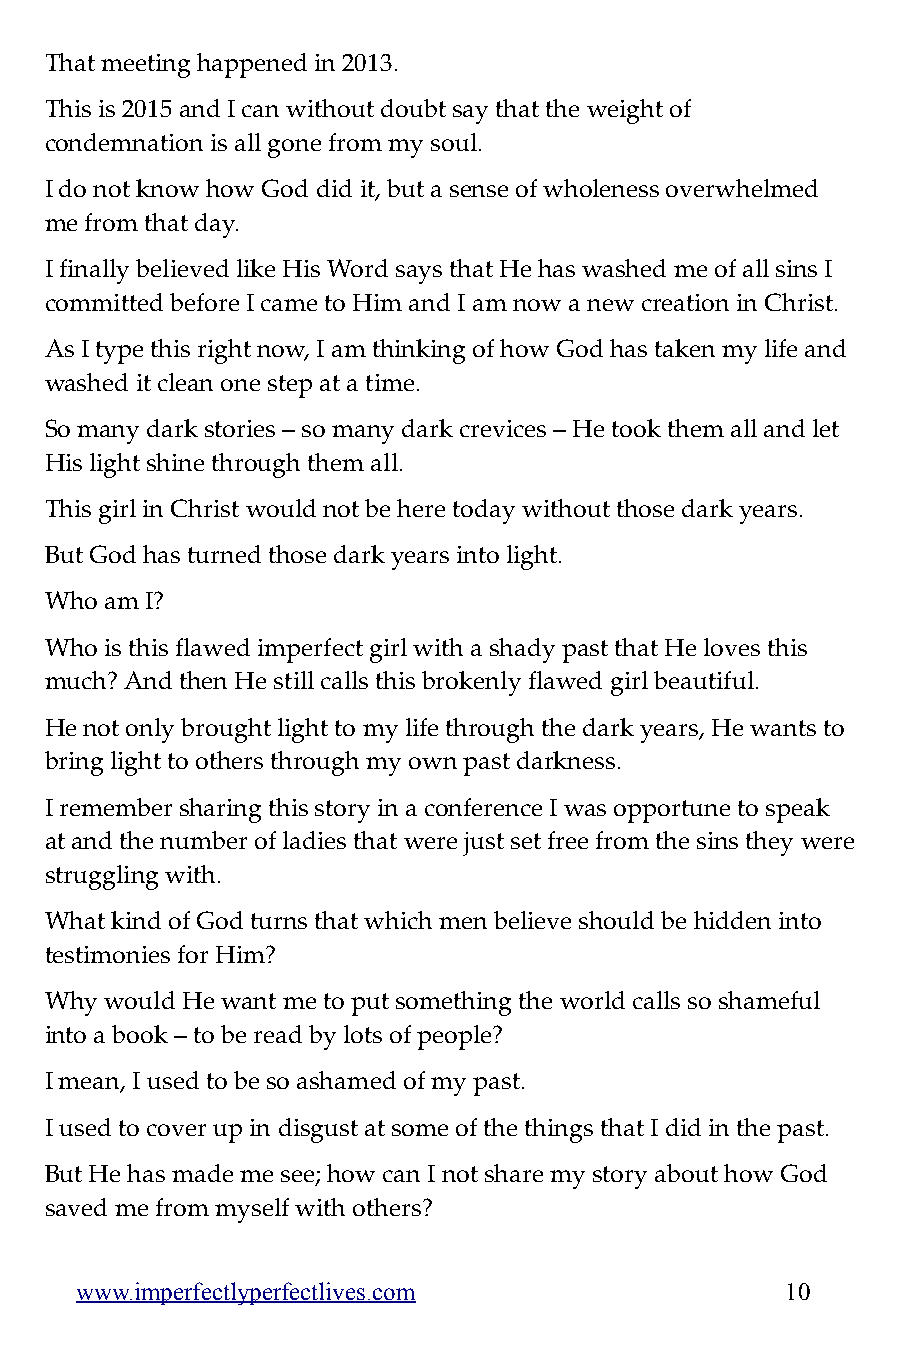
That meeting happened in 2013.
 This is 2015 and I can without doubt say that the weight of
 condemnation is all gone from my soul.
 I do not know how God did it, but a sense of wholeness overwhelmed
 me from that day.
 I finally believed like His Word says that He has washed me of all sins I
 committed before I came to Him and I am now a new creation in Christ.
 As I type this right now, I am thinking of how God has taken my life and
 washed it clean one step at a time.
 So many dark stories – so many dark crevices – He took them all and let
 His light shine through them all.
 This girl in Christ would not be here today without those dark years.
 But God has turned those dark years into light.
 Who am I?
 Who is this flawed imperfect girl with a shady past that He loves this
 much? And then He still calls this brokenly flawed girl beautiful.
 He not only brought light to my life through the dark years, He wants to
 bring light to others through my own past darkness.
 I remember sharing this story in a conference I was opportune to speak
 at and the number of ladies that were just set free from the sins they were
 struggling with.
 What kind of God turns that which men believe should be hidden into
 testimonies for Him?
 Why would He want me to put something the world calls so shameful
 into a book – to be read by lots of people?
 I mean, I used to be so ashamed of my past.
 I used to cover up in disgust at some of the things that I did in the past.
 But He has made me see; how can I not share my story about how God
 saved me from myself with others?
 www.imperfectlyperfectlives.com                10